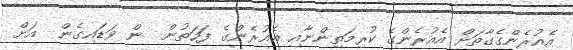
އެއުރެންގެގާތަށް އެއުރެންގެ ކުރިމަތިންނާއި އެއުރެންގެ ފަހަތުން  ން ވަޑައިގެން  އަށް